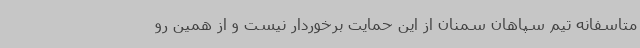
متاسفانه تیم سپاهان سمنان از این حمایت برخوردار نیست و از همین رو